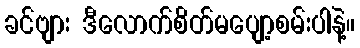
ခင်ဗျား ဒီလောက်စိတ်မပျော့စမ်းပါနဲ့။